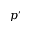
p ^ { \prime }